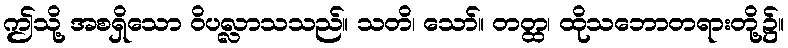
ဤသို့ အစရှိသော ဝိပလ္လာသသည်။ သတိ၊ သော်။ တတ္ထ၊ ထိုသဘောတရားတို့၌။